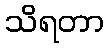
သိရတာ